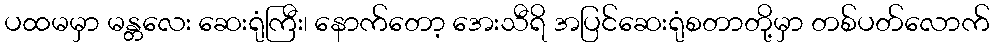
ပထမမှာ မန္တလေး ဆေးရုံကြီး၊ နောက်တော့ အေးသီရိ အပြင်ဆေးရုံစတာတို့မှာ တစ်ပတ်လောက်